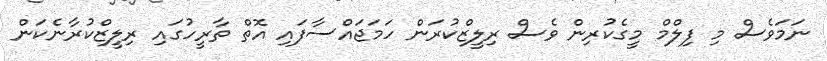
ނަމަވެސް މި ފިލްމް މީގެކުރިން ވެސް ރިލީޒްކުރަން ހަމަޖައްސާފައި އޮތް ތާރީހުގައި ރިލީޒްކުރާނެކަން